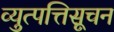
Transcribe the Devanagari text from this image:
व्युत्पत्तिसूचन